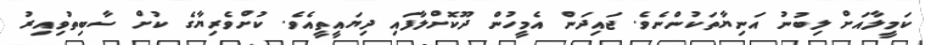
ކަމީލާއަށް ލިބުނު އަނިޔާތަކުންނެވެ. ޖައިދަން އެމީހުން ދޫކޮށްލާފައި ދިޔައީތީއެވެ. ކުށްވެރިޔާގެ ކުށް ސާބިތުވިއިރު